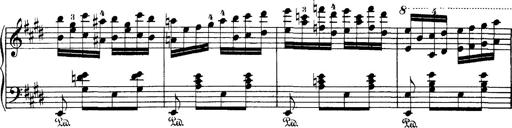
Title: Hungarian Rhapsody No.1
Composer: Franz Liszt
Key: C-sharp minor